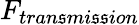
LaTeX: F_{tran\mathfrak{s}mi\mathfrak{s}\mathfrak{s}ion}